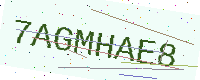
Text: 7AGMHAE8